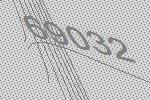
69032